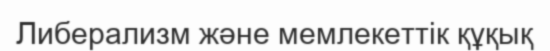
Либерализм және мемлекеттік құқық